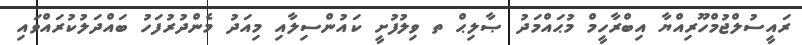
ރައީސުލްޖުމްހޫރިއްޔާ އިބްރާހީމް މުޙައްމަދު ޞާލިޙް ތ ވިލުފުށީ ކައުންސިލާއި މިއަދު މެންދުރުފަހު ބައްދަލުކުރައްވައި